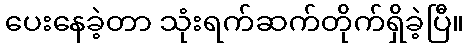
ပေးနေခဲ့တာ သုံးရက်ဆက်တိုက်ရှိခဲ့ပြီ။